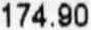
174.90